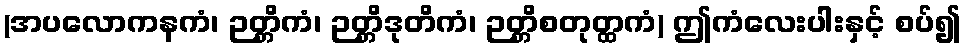
(အပလောကနကံ၊ ဉတ္တိကံ၊ ဉတ္တိဒုတိကံ၊ ဉတ္တိစတုတ္ထကံ) ဤကံလေးပါးနှင့် စပ်၍